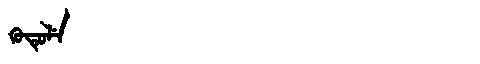
Manchu: ᡴᡠᡨᡠᠯᡝ
Romanization: KUTULE